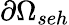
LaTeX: \partial\Omega_{seh}